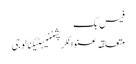
فیس بک
متعلقہ عنوانکرپشننیبٹیکنالوجی